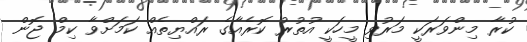
ކުރާ މިންވަރަކީ މަރުވި މީހަކީ އުތުރު ކޮރެއާގެ ރައްޔިތެއް ކަމަށްވާ ކިމް ޖޮން